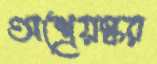
অশ্রেয়স্কর